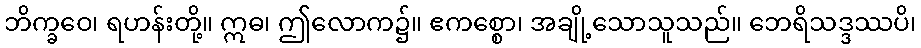
ဘိက္ခဝေ၊ ရဟန်းတို့။ ဣဓ၊ ဤလောက၌။ ဧကစ္စော၊ အချို့သောသူသည်။ ဘေရိသဒ္ဒဿပိ၊